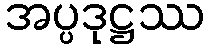
အပ္ပဒုဋ္ဌဿ